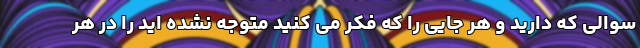
سوالی که دارید و هر جایی را که فکر می کنید متوجه نشده اید را در هر